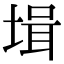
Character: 𡎎